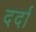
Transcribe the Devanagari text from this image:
दर्दा